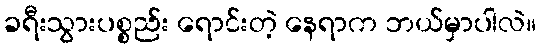
ခရီးသွားပစ္စည်း ရောင်းတဲ့ နေရာက ဘယ်မှာပါလဲ။